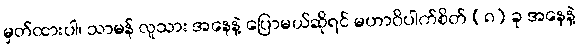
မှတ်ထားပါ၊ သာမန် လူသား အနေနဲ့ ပြောမယ်ဆိုရင် မဟာဝိပါက်စိတ် (၈) ခု အနေနဲ့